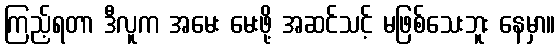
ကြည့်ရတာ ဒီလူက အမေး မေးဖို့ အဆင်သင့် မဖြစ်သေးဘူး နေမှာ။